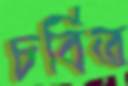
চর্বিত